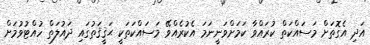
އަދި އެގޮތަށް މަސައްކަތް ކުރައްވާ ކަމަށްވަނީނަމަ އެކުރެއްވޭ މަސައްކަތަކީ ޙަޤީޤަތުގައި ދައުލަތް ހުއްޓުވުމަށް